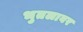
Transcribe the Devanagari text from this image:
भुतलावर